system: You are a helpful assistant.
user:
Analyze the provided spectrum to determine if it is a **S-type Star**.

- **Key Indicators for S-type Star:**

    - **(Overall Spectrum Shape):** The first and most obvious characteristic is the overall continuum (the "baseline" shape). It is **extremely "red-sloping,"** meaning the flux (light intensity) is very low on the left side (blue, ~4000-4500 Å) and rises steeply and continuously toward the right side (red, ~7000 Å+).

    - **(Primary):** The spectrum is defined by the presence of strong, broad molecular absorption "valleys" (bands) from **Zirconium Oxide (ZrO)**. The identification of these bands is the **primary requirement** for classifying a star as S-type.
        - **(Key Bandheads):** You must find distinct, deep "dips" where the light has been absorbed. The most critical band systems to locate are:
            - **~6474 Å** ($\gamma$-system): This is often the strongest and clearest ZrO feature, found in the red part of the spectrum.
            - **~5718 Å** & **~5551 Å** ($\beta$-system): A pair of prominent absorption features in the yellow-orange part of the spectrum.
            - **~4640 Å** ($\alpha$-system): A key absorption band system in the blue-green region of the spectrum.

    - **(Secondary Confirmation):** The classification is strengthened by finding additional absorption bands from other related heavy element oxides, which are expected to be present alongside ZrO.
        - **(Key Bandheads):**
            - **Yttrium Oxide (YO):** Look for absorption dips near **~4800 Å** and **~6100 Å**.
            - **Lanthanum Oxide (LaO):** Additional absorption features, particularly in the red-orange part of the spectrum, are also characteristic.

    - **(Line Profile):** The combination of the steep red continuum and these numerous, deep molecular bands (ZrO, YO, etc.) gives the entire spectrum a very **"chopped-up"** or **"bumpy"** appearance. Instead of a smooth curve, the spectrum looks as though large, wide chunks of light have been "carved out" of it at the specific wavelengths listed above.

Think first, call **spectral_visualization_tool** if needed to examine features in detail, then provide your final answer. Your response must adhere to the following strict rules:
1.  **Overall Structure:** Your response must follow the format `<think>...</think> <tool_call>...</tool_call> (if a tool is used) <answer>...</answer>`.
2.  **Tool Usage Constraint:** You may only make **one** tool call per turn.
3.  **Final Answer Format:** In the `<answer>` tag, your conclusion must be inside a `\boxed{}` command (e.g., `\boxed{YES}` or `\boxed{NO}`), followed by your justification.

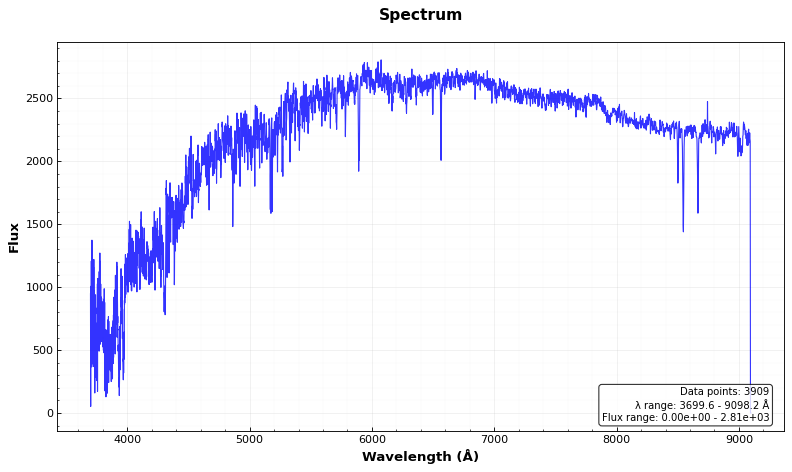
Answer: NO